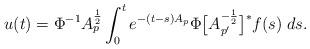
LaTeX: \begin{align*} u(t) = \Phi^{-1} A_p^{\frac{1}{2}} \int_0^t e^{- (t - s) A_p} \Phi \big[ A_{p^{\prime}}^{- \frac{1}{2}} \big]^* f(s) \; d s.\end{align*}